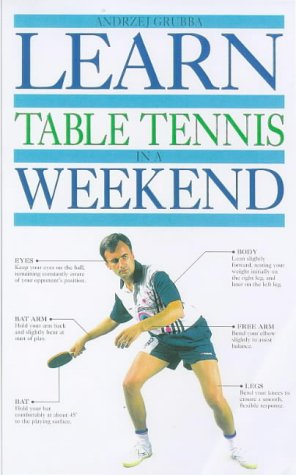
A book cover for Learn Table Tennis in a Weekend (Learn in a weekend); ANDRZEJ GRUBBA; Sports & Outdoors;